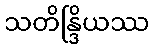
သတိန္ဒြိယဿ